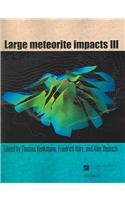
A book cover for Large Meteorite Impacts III (Special Paper (Geological Society of America)); Science & Math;